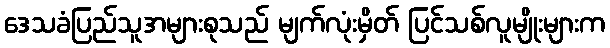
ဒေသခံပြည်သူအများစုသည် မျက်လုံးမှိတ် ပြင်သစ်လူမျိုးများက